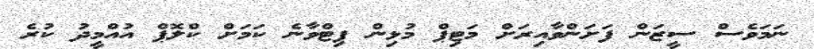
ނަމަވެސް ސީޒަން ފަށަންވާއިރަށް މަޓިޕް މުޅިން ފިޓްވާނެ ކަމަށް ކްލޮޕް އުއްމީދު ކުރެ